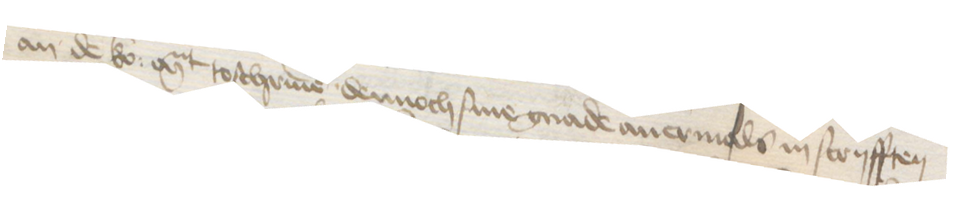
an de ko: Mt toschriuen dennoch sine gnade auermals in scryfften